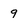
Character: 9